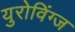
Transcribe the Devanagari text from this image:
युरोविंग्ज